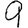
Digit: 9